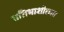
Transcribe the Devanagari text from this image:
प्रतिभाशीलता